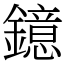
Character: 鐿